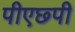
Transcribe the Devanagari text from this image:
पीएछ्पी